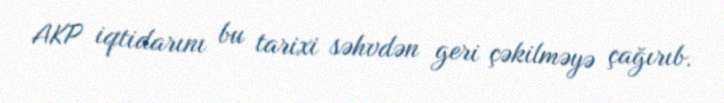
AKP iqtidarını bu tarixi səhvdən geri çəkilməyə çağırıb.